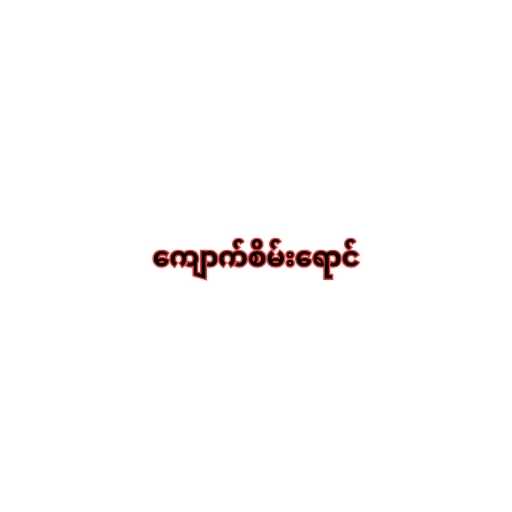
ကျောက်စိမ်းရောင်